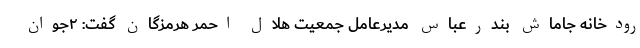
رودخانه جاماش بندرعباس مدیرعامل جمعیت هلال احمر هرمزگان گفت: ۲جوان